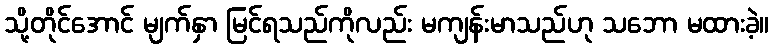
သို့တိုင်အောင် မျက်နှာ မြင်ရသည်ကိုလည်း မကျန်းမာသည်ဟု သဘော မထားခဲ့။